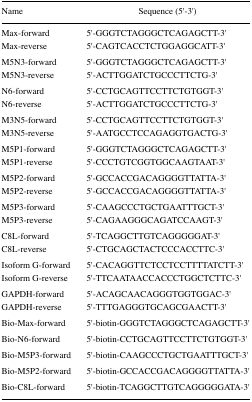
<table><thead><tr><td><b>Name</b></td><td><b>Sequence (5′-3′)</b></td></tr></thead><tbody><tr><td>Max-forward</td><td>5′-GGGTCTAGGGCTCAGAGCTT-3′</td></tr><tr><td>Max-reverse</td><td>5′-CAGTCACCTCTGGAGGCATT-3′</td></tr><tr><td>M5N3-forward</td><td>5′-GGGTCTAGGGCTCAGAGCTT-3′</td></tr><tr><td>M5N3-reverse</td><td>5′-ACTTGGATCTGCCCTTCTG-3′</td></tr><tr><td>N6-forward</td><td>5′-CCTGCAGTTCCTTCTGTGGT-3′</td></tr><tr><td>N6-reverse</td><td>5′-ACTTGGATCTGCCCTTCTG-3′</td></tr><tr><td>M3N5-forward</td><td>5′-CCTGCAGTTCCTTCTGTGGT-3′</td></tr><tr><td>M3N5-reverse</td><td>5′-AATGCCTCCAGAGGTGACTG-3′</td></tr><tr><td>M5P1-forward</td><td>5′-GGGTCTAGGGCTCAGAGCTT-3′</td></tr><tr><td>M5P1-reverse</td><td>5′-CCCTGTCGGTGGCAAGTAAT-3′</td></tr><tr><td>M5P2-forward</td><td>5′-GCCACCGACAGGGGTTATTA-3′</td></tr><tr><td>M5P2-reverse</td><td>5′-GCCACCGACAGGGGTTATTA-3′</td></tr><tr><td>M5P3-forward</td><td>5′-CAAGCCCTGCTGAATTTGCT-3′</td></tr><tr><td>M5P3-reverse</td><td>5′-CAGAAGGGCAGATCCAAGT-3′</td></tr><tr><td>C8L-forward</td><td>5′-TCAGGCTTGTCAGGGGGAT-3′</td></tr><tr><td>C8L-reverse</td><td>5′-CTGCAGCTACTCCCACCTTC-3′</td></tr><tr><td>Isoform G-forward</td><td>5′-CACAGGTTCTCCTCCTTTTATCTT-3′</td></tr><tr><td>Isoform G-reverse</td><td>5′-TTCAATAACCACCCTGGCTCTTC-3′</td></tr><tr><td>GAPDH-forward</td><td>5′-ACAGCAACAGGGTGGTGGAC-3′</td></tr><tr><td>GAPDH-reverse</td><td>5′-TTTGAGGGTGCAGCGAACTT-3′</td></tr><tr><td>Bio-Max-forward</td><td>5′-biotin-GGGTCTAGGGCTCAGAGCTT-3′</td></tr><tr><td>Bio-N6-forward</td><td>5′-biotin-CCTGCAGTTCCTTCTGTGGT-3′</td></tr><tr><td>Bio-M5P3-forward</td><td>5′-biotin-CAAGCCCTGCTGAATTTGCT-3′</td></tr><tr><td>Bio-M5P2-forward</td><td>5′-biotin-GCCACCGACAGGGGTTATTA-3′</td></tr><tr><td>Bio-C8L-forward</td><td>5′-biotin-TCAGGCTTGTCAGGGGGATA-3′</td></tr></tbody></table>